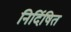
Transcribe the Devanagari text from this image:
निर्दिषित